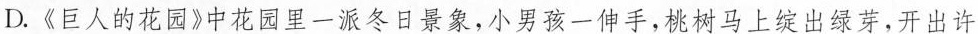
D.《巨人的花园》中花园里一派冬日景象，小男孩一伸手，桃树马上绽出绿芽，开出许